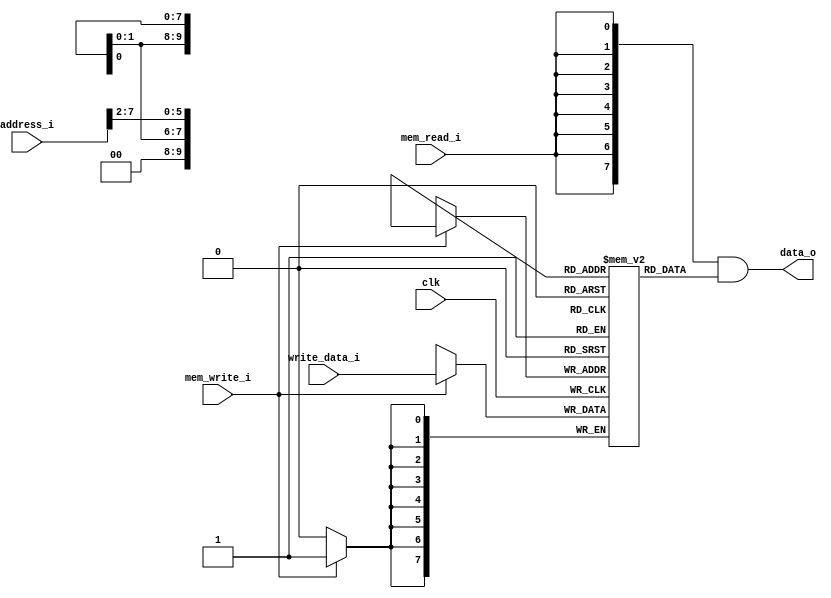
module Data_Memory 
#(	parameter DATA_WIDTH=8,
	parameter MEMORY_DEPTH = 1024

)
(
	input [DATA_WIDTH-1:0] write_data_i,
	input [DATA_WIDTH-1:0]  address_i,
	input mem_write_i,mem_read_i, clk,
	output  [DATA_WIDTH-1:0]  data_o
);

	wire [DATA_WIDTH-1:0] real_address_w; 
	assign real_address_w = {2'b00, address_i[DATA_WIDTH-1:29], 1'b0, address_i[27:17], 1'b0, address_i[15:2]};

	// Declare the RAM variable
	reg [DATA_WIDTH-1:0] ram[MEMORY_DEPTH-1:0];
	wire [DATA_WIDTH-1:0] read_data_aux;

	always @ (posedge clk)
	begin
		// Write
		if (mem_write_i)
			ram[real_address_w] <= write_data_i;
	end
	assign read_data_aux = ram[real_address_w];
	assign data_o = {DATA_WIDTH{mem_read_i}} & read_data_aux;

endmodule